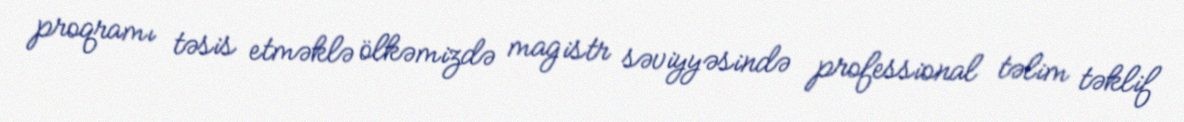
proqramı təsis etməklə ölkəmizdə magistr səviyyəsində professional təlim təklif